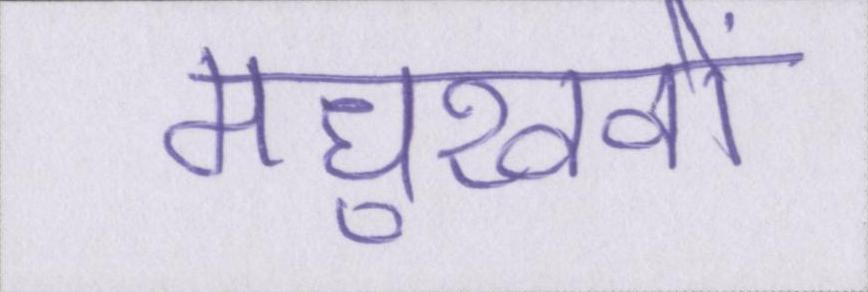
मधुखवों